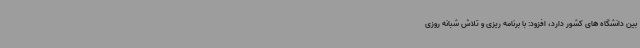
بین دانشگاه های کشور دارد، افزود: با برنامه ریزی و تلاش شبانه روزی